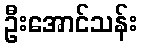
ဦးအောင်သန်း